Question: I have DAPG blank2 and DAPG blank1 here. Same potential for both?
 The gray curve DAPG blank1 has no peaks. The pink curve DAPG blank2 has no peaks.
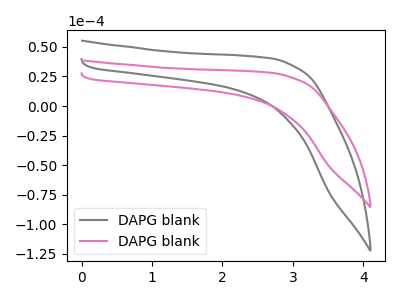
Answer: <think>Neither "DAPG blank2" or "DAPG blank1" have any peaks.
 </think>
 <answer>"DAPG blank2" and "DAPG blank1" are similar in shape.</answer>
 <eval>same_shape</eval>